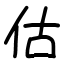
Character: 估